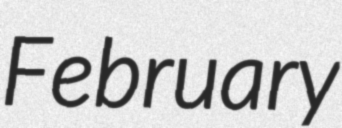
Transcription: February